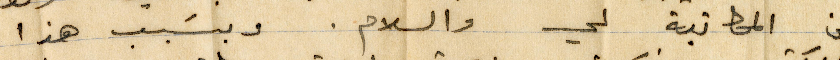
عن المكاتبة لي والسلام. وبسبب هذا